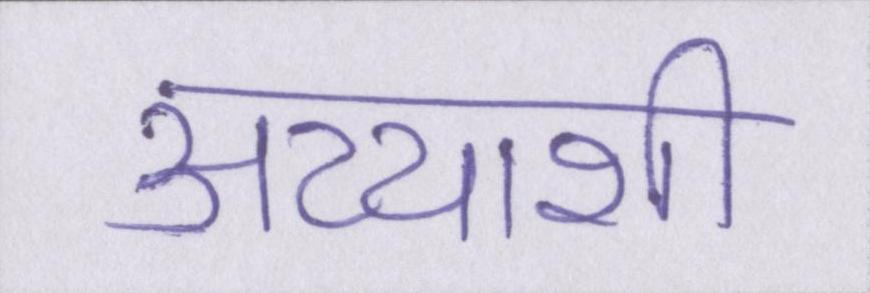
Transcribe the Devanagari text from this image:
अय्याशी